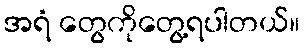
အရံ တွေကိုတွေ့ရပါတယ်။